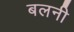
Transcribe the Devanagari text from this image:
बलनी